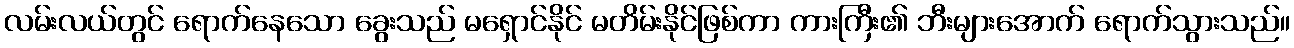
လမ်းလယ်တွင် ရောက်နေသော ခွေးသည် မရှောင်နိုင် မတိမ်းနိုင်ဖြစ်ကာ ကားကြီး၏ ဘီးများအောက် ရောက်သွားသည်။